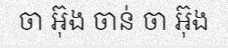
ចា អ៊ុង ចាន់ ចា អ៊ុង